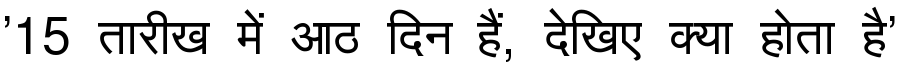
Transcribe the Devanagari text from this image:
'15 तारीख में आठ दिन हैं, देखिए क्या होता है'